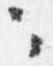
々